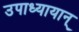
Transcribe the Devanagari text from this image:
उपाध्यायान्‌